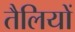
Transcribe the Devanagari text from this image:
तैलियों